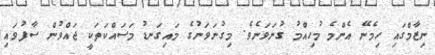
ނިޒާމްގައި ހިމެނޭ އެންމެ މުހިއްމު ގުނަވަނެވެ. މިގުނަވަނުގެ މައިގަނޑު މަސައްކަތަކީ ޖައްވުން ސާފުވައި